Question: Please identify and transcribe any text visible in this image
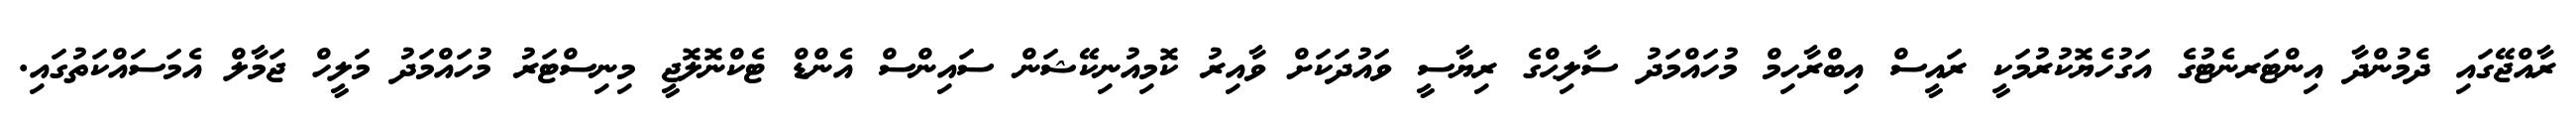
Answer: ރާއްޖޭގައި ދެމުންދާ އިންޓަރނެޓުގެ އަގުހެޔޮކުރުމަކީ ރައީސް އިބްރާހިމް މުހައްމަދު ސާލިޙްގެ ރިޔާސީ ވައުދަކަށް ވާއިރު ކޮމިއުނިކޭޝަން ސައިންސް އެންޑް ޓެކްނޮލޮޖީ މިނިސްޓަރު މުހައްމަދު މަލީހް ޖަމާލް އެމަސައްކަތުގައި.